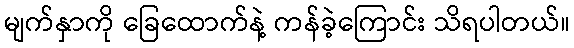
မျက်နှာကို ခြေထောက်နဲ့ ကန်ခဲ့ကြောင်း သိရပါတယ်။